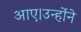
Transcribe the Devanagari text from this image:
आए।उन्होंने